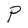
Character: P